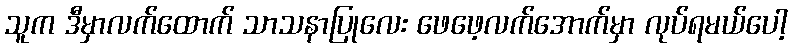
သူက ဒီမှာလက်ထောက် သာသနာပြုလေး ဖေဖေ့လက်အောက်မှာ လုပ်ရမယ်ပေါ့